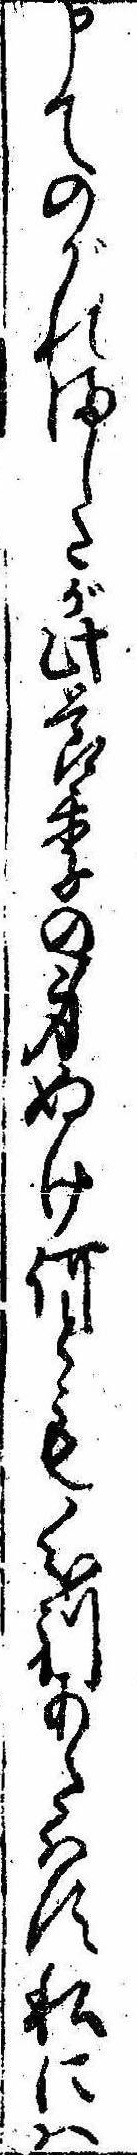
申てのがれましたが此節季の身ぬけ何とも分別あたはす私には